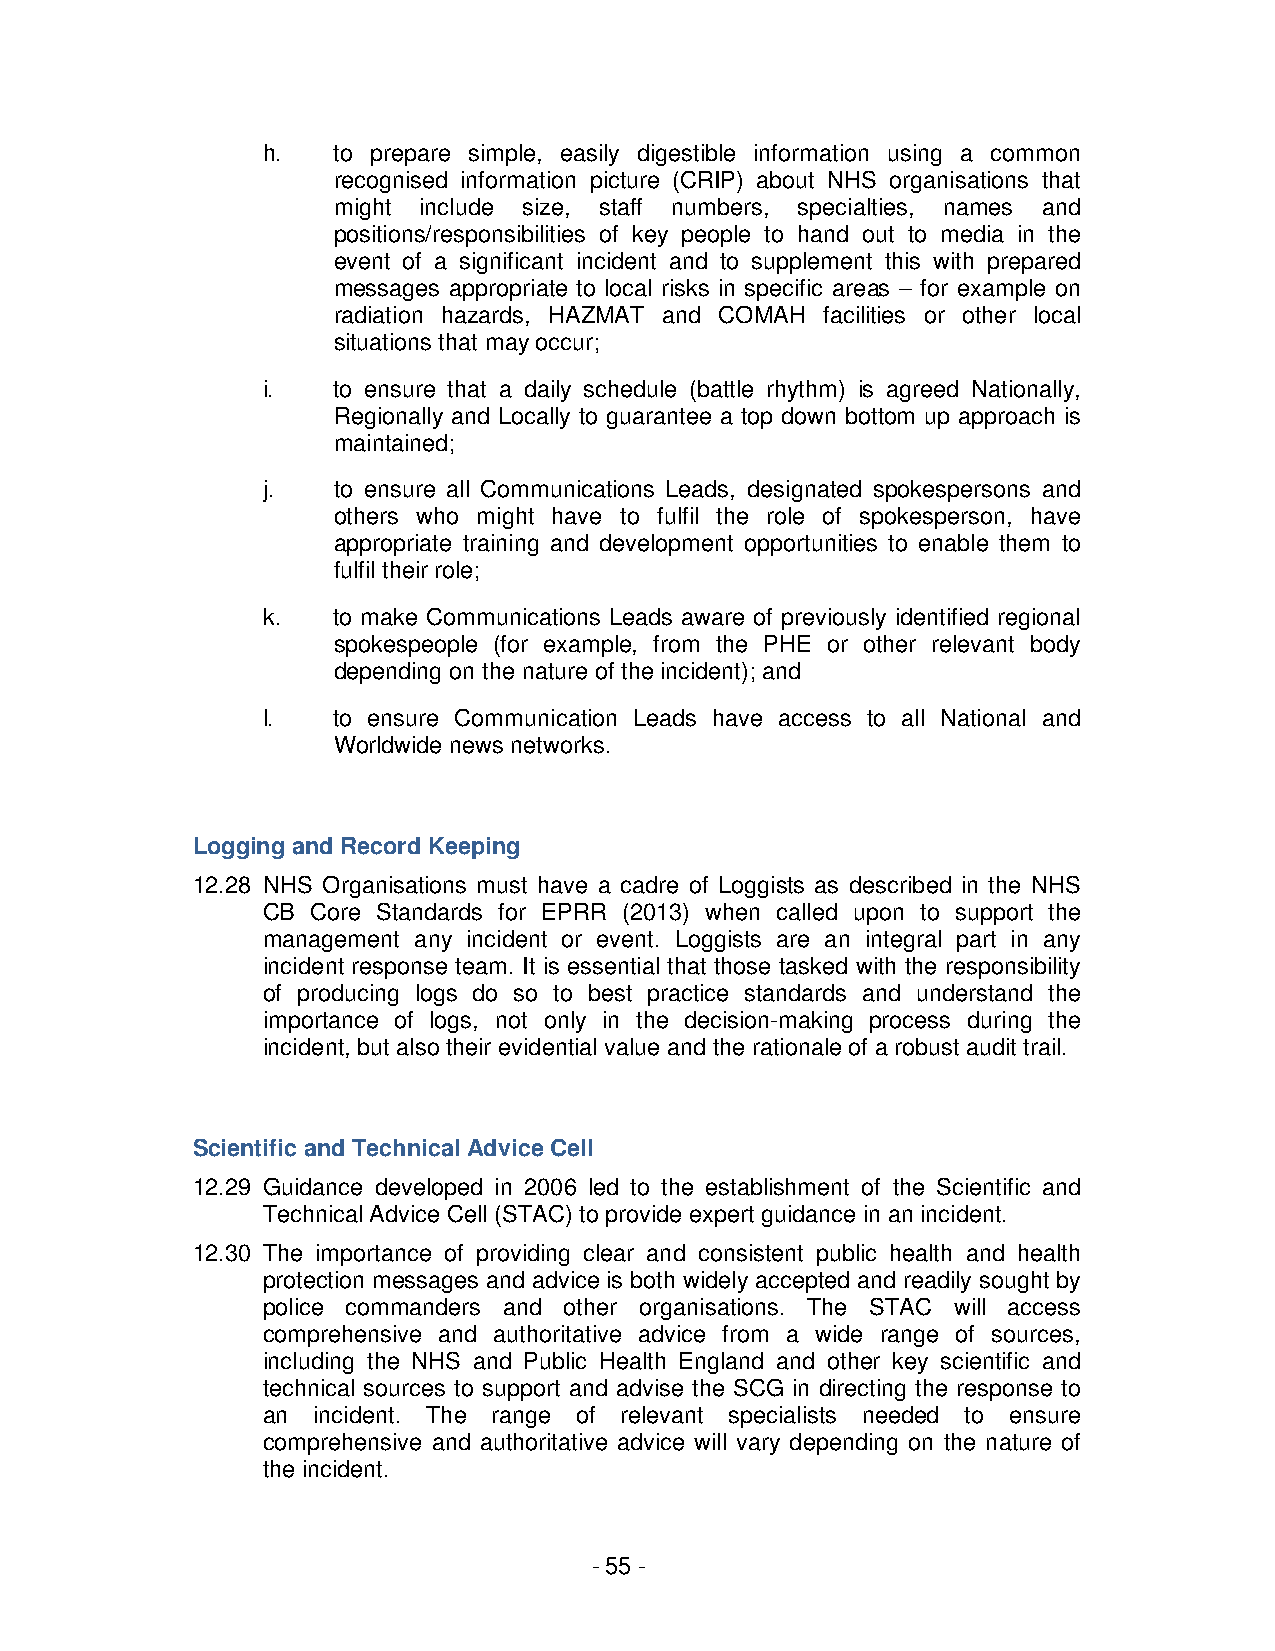
h.   to prepare simple, easily digestible information using a common
 recognised information picture (CRIP) about NHS organisations that
 might include size, staff numbers, specialties, names and
 positions/responsibilities of key people to hand out to media in the
 event of a significant incident and to supplement this with prepared
 messages appropriate to local risks in specific areas – for example on
 radiation hazards, HAZMAT and COMAH facilities or other local
 situations that may occur;
 i.   to ensure that a daily schedule (battle rhythm) is agreed Nationally,
 Regionally and Locally to guarantee a top down bottom up approach is
 maintained;
 j.   to ensure all Communications Leads, designated spokespersons and
 others who might have to fulfil the role of spokesperson, have
 appropriate training and development opportunities to enable them to
 fulfil their role;
 k.   to make Communications Leads aware of previously identified regional
 spokespeople (for example, from the PHE or other relevant body
 depending on the nature of the incident); and
 l.   to ensure Communication Leads have access to all National and
 Worldwide news networks.
 Logging and Record Keeping
 12.28 NHS Organisations must have a cadre of Loggists as described in the NHS
 CB  Core Standards for EPRR (2013) when called upon to support the
 management any incident or event. Loggists are an integral part in any
 incident response team. It is essential that those tasked with the responsibility
 of producing logs do so to best practice standards and understand the
 importance of logs, not only in the decision-making process during the
 incident, but also their evidential value and the rationale of a robust audit trail.
 Scientific and Technical Advice Cell
 12.29 Guidance developed in 2006 led to the establishment of the Scientific and
 Technical Advice Cell (STAC) to provide expert guidance in an incident.
 12.30 The importance of providing clear and consistent public health and health
 protection messages and advice is both widely accepted and readily sought by
 police commanders and other organisations. The STAC will access
 comprehensive and authoritative advice from a wide range of sources,
 including the NHS and Public Health England and other key scientific and
 technical sources to support and advise the SCG in directing the response to
 an  incident. The range of relevant specialists needed to ensure
 comprehensive and authoritative advice will vary depending on the nature of
 the incident.
 - 55 -